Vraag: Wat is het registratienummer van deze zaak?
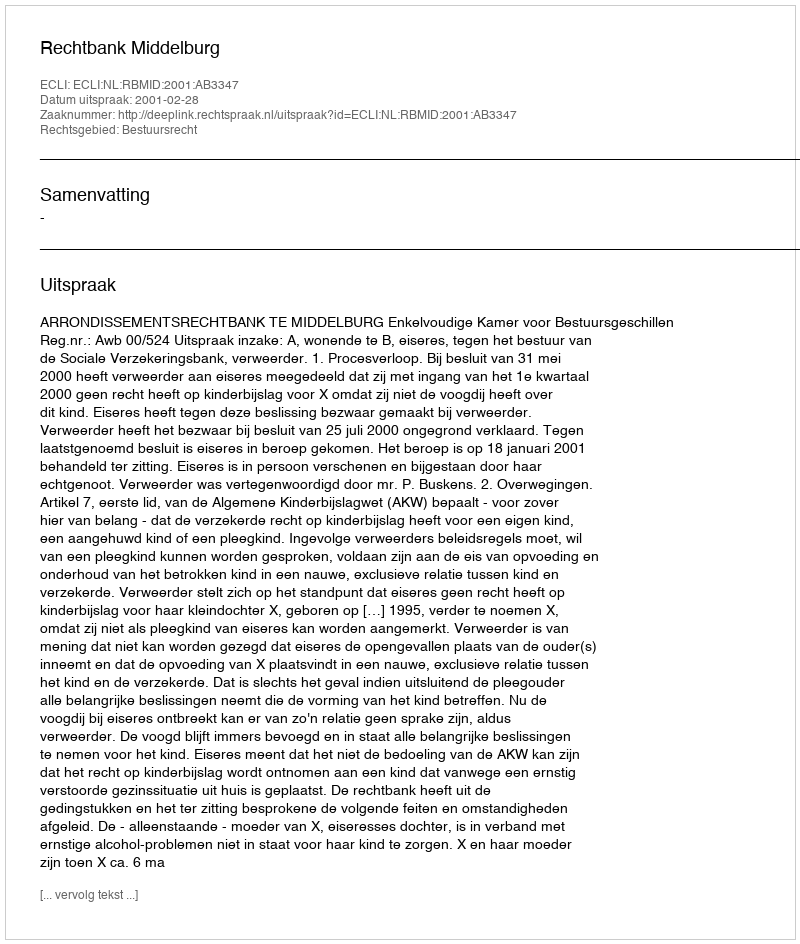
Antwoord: http://deeplink.rechtspraak.nl/uitspraak?id=ECLI:NL:RBMID:2001:AB3347